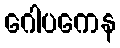
ဂေါပကေန